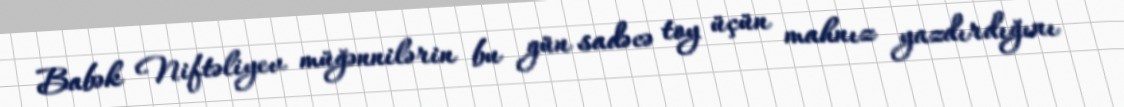
Babək Niftəliyev müğənnilərin bu gün sadəcə toy üçün mahnız yazdırdığını